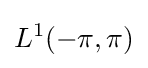
L^{1}(-\pi ,\pi )